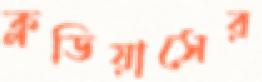
ক্লডিয়াসের